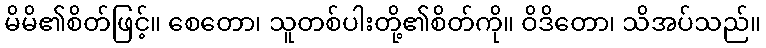
မိမိ၏စိတ်ဖြင့်။ စေတော၊ သူတစ်ပါးတို့၏စိတ်ကို။ ဝိဒိတော၊ သိအပ်သည်။